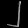
Digit: ၂